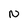
Character: N